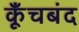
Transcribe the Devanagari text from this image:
कूँचबंद